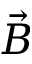
\vec { B }